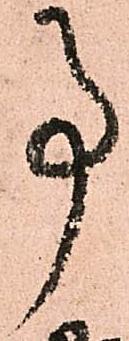
事